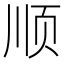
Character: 顺